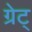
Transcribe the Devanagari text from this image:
ग्रेट्